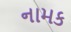
નામક